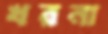
খরনা